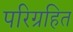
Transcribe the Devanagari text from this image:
परिग्रहित